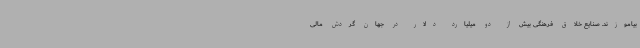
بیاموزند. صنایع خلاق فرهنگی بیش از دو میلیارد دلار در جهان گردش مالی